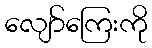
လျော်ကြေးကို